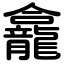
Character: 龕